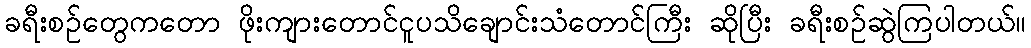
ခရီးစဉ်တွေကတော ဖိုးကျားတောင်ငူပသိချောင်းသံတောင်ကြီး ဆိုပြီး ခရီးစဉ်ဆွဲကြပါတယ်။